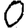
Digit: 0